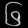
Digit: ၆